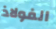
الفولاذ